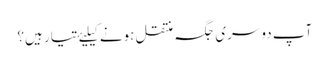
آپ دوسری جگہ منتقل ہونے کیلیۓ تیار ہیں؟